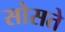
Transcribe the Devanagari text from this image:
सोसते